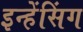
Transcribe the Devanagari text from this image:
इन्हेंसिंग